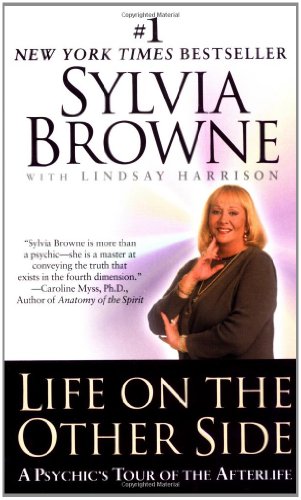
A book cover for Life on the Other Side:: A Psychic's Tour of the Afterlife; Sylvia Browne; Religion & Spirituality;